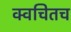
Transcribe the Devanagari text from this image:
क्‍वचितच